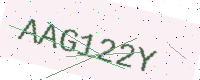
Text: AAG122Y